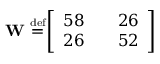
\mathbf { W } \ { \overset { \underset { \mathrm { d e f } } { } } { = } } { \left[ \begin{array} { l l l } { 5 8 } & { } & { 2 6 } \\ { 2 6 } & { } & { 5 2 } \end{array} \right] }